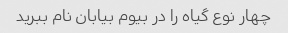
چهار نوع گیاه را در بیوم بیابان نام ببرید